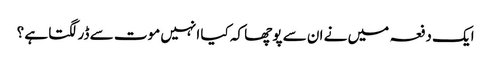
ایک دفعہ میں نے ان سے پوچھا کہ کیا انہیں موت سے ڈر لگتا ہے ؟